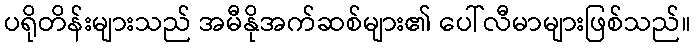
ပရိုတိန်းများသည် အမီနိုအက်ဆစ်များ၏ ပေါ်လီမာများဖြစ်သည်။